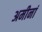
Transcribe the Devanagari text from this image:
अमीनां